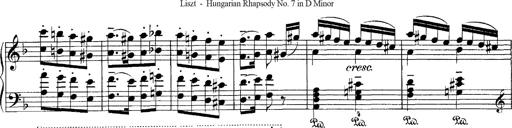
Title: Hungarian Rhapsody No.7
Composer: Franz Liszt
Key: D minor